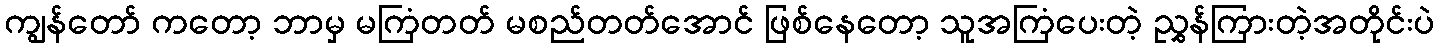
ကျွန်တော် ကတော့ ဘာမှ မကြံတတ် မစည်တတ်အောင် ဖြစ်နေတော့ သူအကြံပေးတဲ့ ညွှန်ကြားတဲ့အတိုင်းပဲ